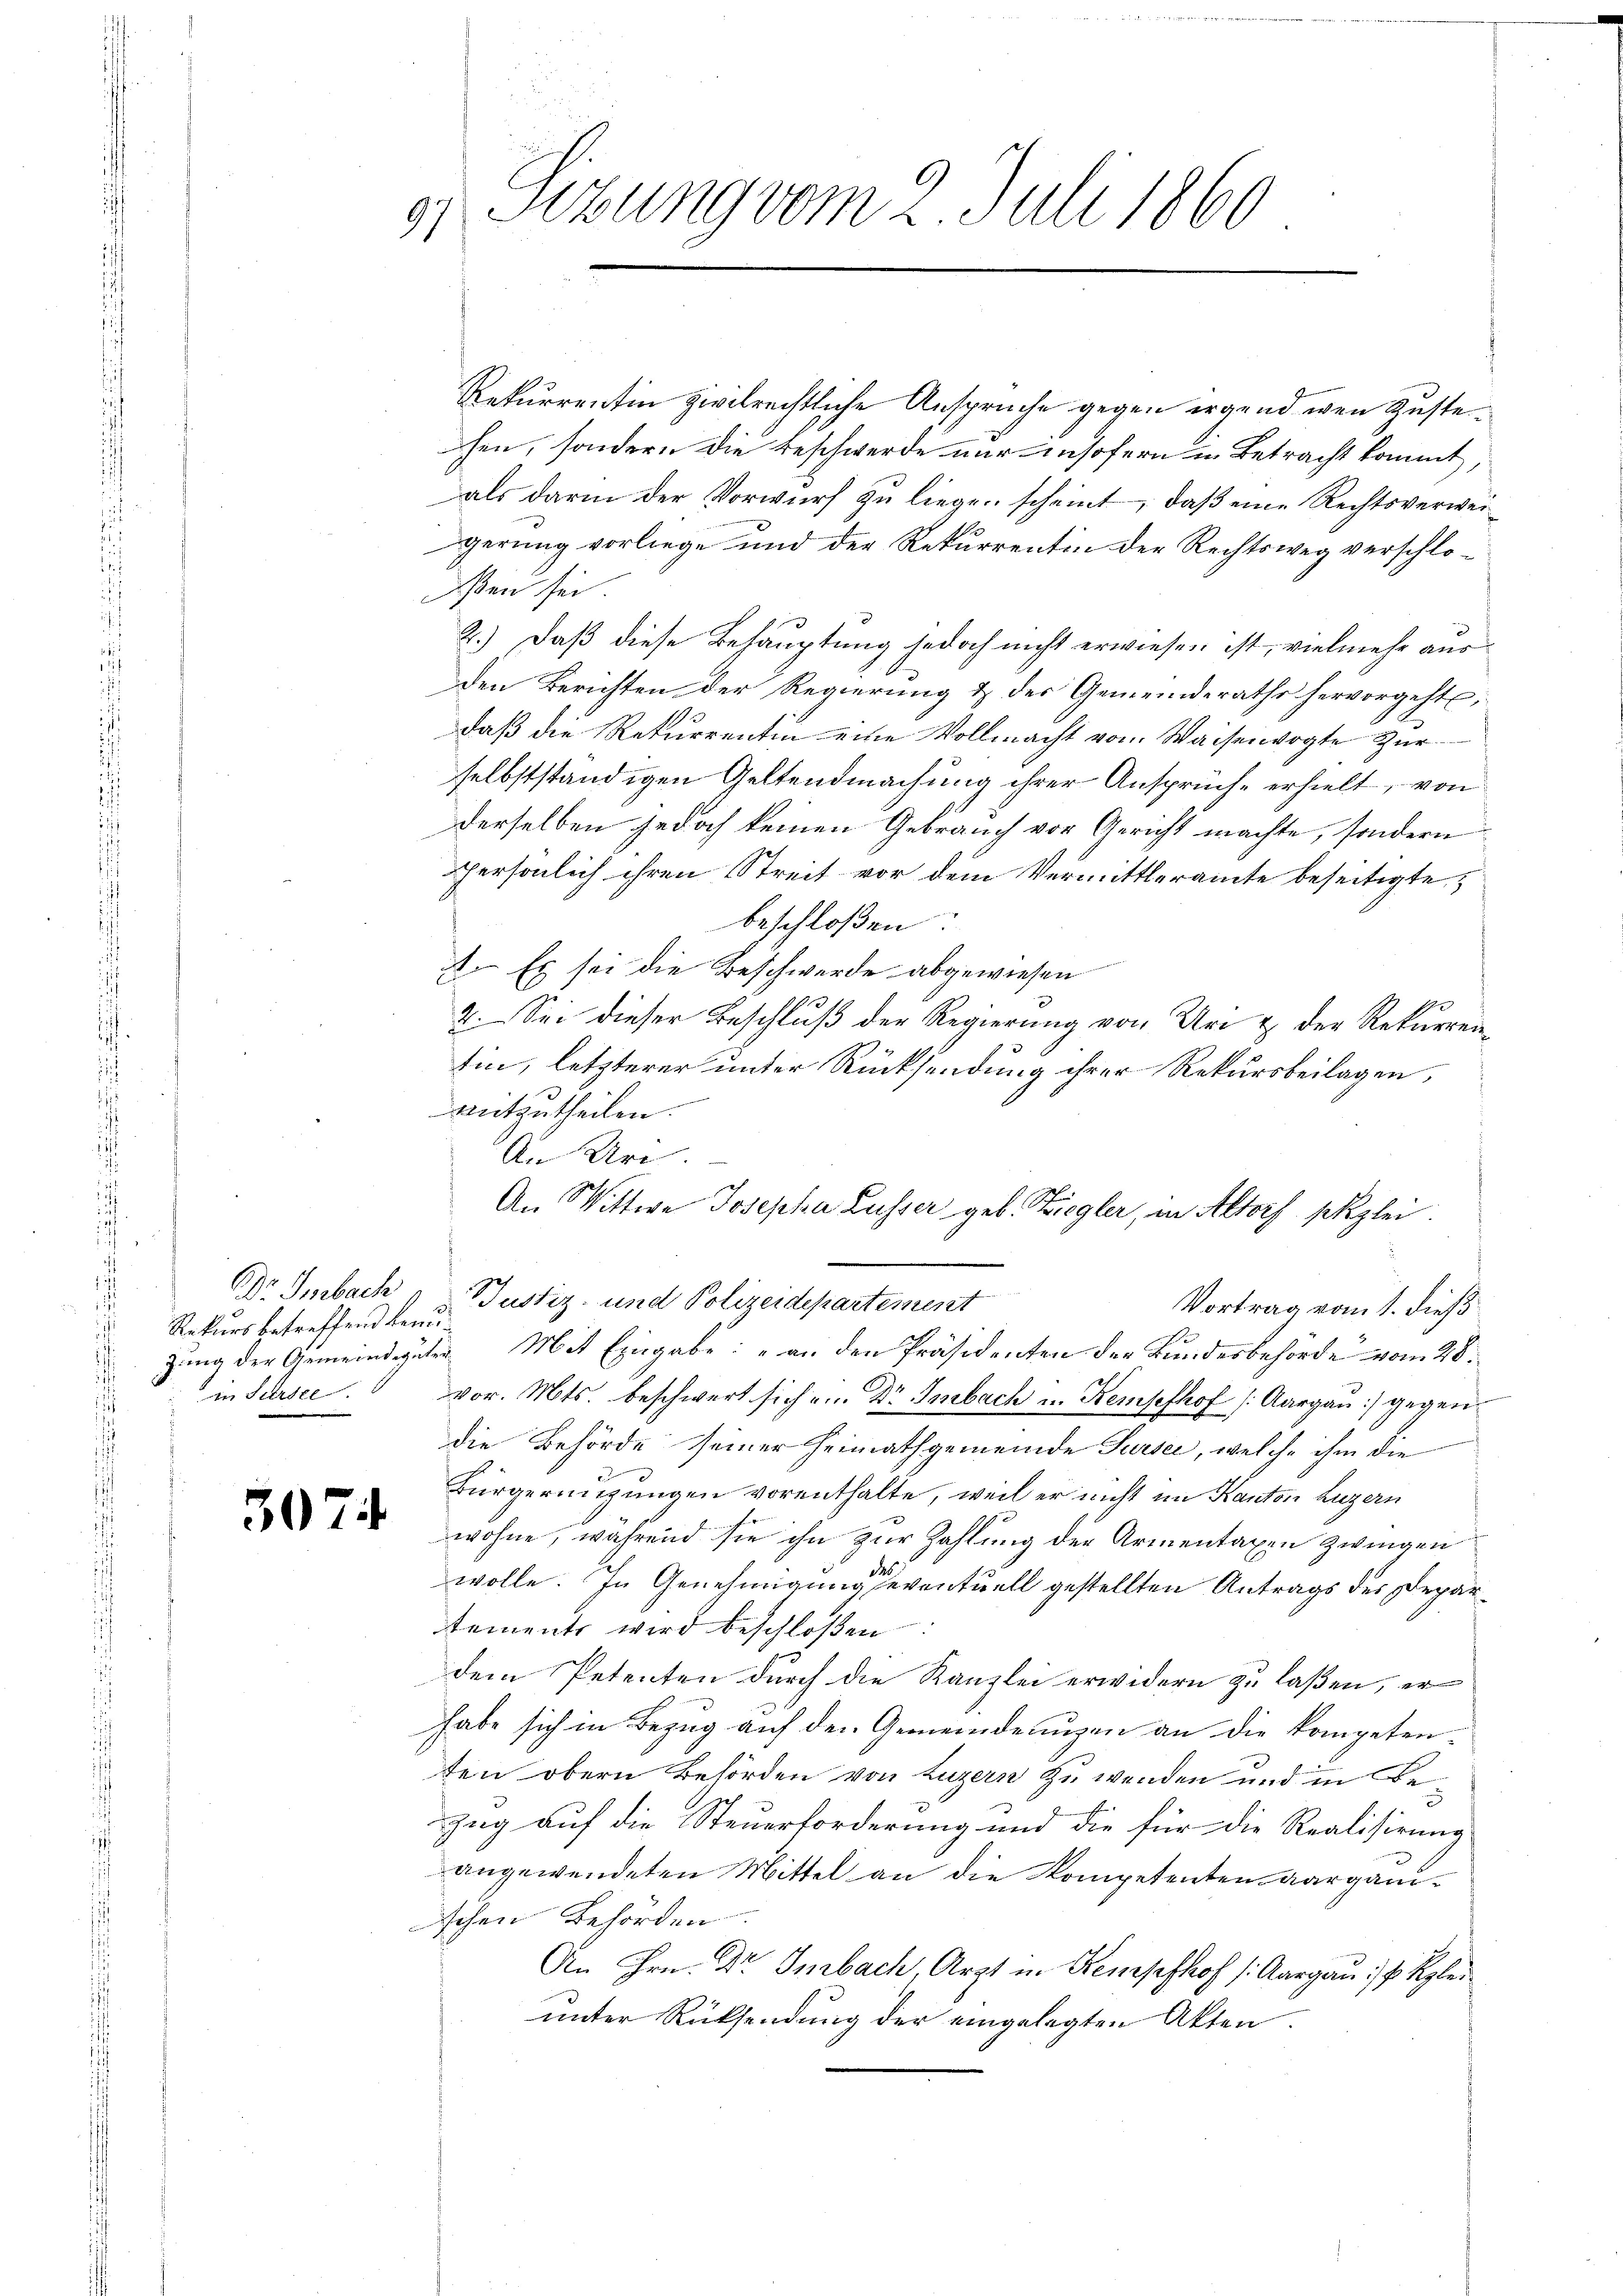
Dr. Imbach
Rekurs betreffend Benuin Fürstl.

3074

Sizung vom 2. Juli 1860
97

Rekurrentin zivilrechtliche Ansprüche gegen irgend wenn Zustehen, sondern die Beschwerde nur insofern in Betracht kommt,
als darin der Vorwurf zu liegen scheint, daß eine Rechtsverweigerung vorliege und der Rekurrentin der Rechtsweg verschlo¬
Ien sei.
2.) Daß diese Behauptung jedoch nicht erwiesen ist, vielmehr ausden Berichten der Regierung & der Gemeinderathe hervorgeht,
daß die Rekurrentin eine Vollmacht vom Waisenvogte Zur
selbstständigen Geltendmachung ihrer Ansprüche erhielt, von
derselben jedoch keinen Gebrauch vor Gericht machte, sondern
persönlich ihren Streit vor dem Vermittleramte beseitigte
beschloßen:
4. Es sei die Beschwerde abgewiesen
2. Sei dieser Beschluß der Regierung von Uri & der Rekurrentin, letzterer unter Rücksendung ihrer Rekursbeilagen,
mitzutheilen.
An Uri.
zung der Gemeindguten Mit Eingabe: „an den Präsidenten der Bundesbehörde vom 28.
vor. Mts. beschwert sich ein Dr Smbach u. Remselhof (Aargau) gegen
die Behörde seiner Heimathgemeinde Sursee, welche ihm die
Bürgeringungen vorenthalte, weil er nicht im Kanton Luzern
wohne, während sie ihn zur Zahlung der Armentaxen zwingen
wolle. In Genehmigung eventuell gestellten Antrags des Departements wird beschloßen
dem Petenten durch die Kanzlei erwidern zu laßen, er
habe sich in Bezug auf den Gemeindeungen an die kompetenten obern Behörden von Luzern zu wenden und in Bezug auf die Steuerforderung und die für die Realisirung
angewendeten Mittel an die Kompetenten aarganischen Behörden
An Hrn. Dr Iurbach, Arzt in Kempthof (Aargau / P. Kleiunter Rücksendung der eingelegten Akten.

An Wittwe Josepha Lusser geb. Ziegler, in Altorf pkzlei.
Justiz- und Polizeidepartement
Vortrag vom 1. dieß